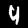
Label: 4